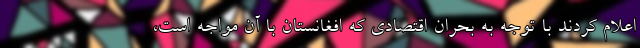
اعلام کردند با توجه به بحران اقتصادی که افغانستان با آن مواجه است،